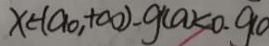
x \in ( a _ { 0 } , + \infty ) - g ( a ) < 0 . 9 0